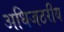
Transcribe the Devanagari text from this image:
अधिजठरीय